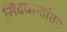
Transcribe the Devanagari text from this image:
सिद्धान्तांतून